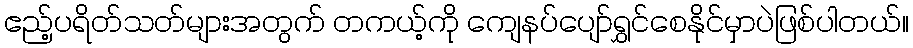
ဧည့်ပရိတ်သတ်များအတွက် တကယ့်ကို ကျေနပ်ပျော်ရွှင်စေနိုင်မှာပဲဖြစ်ပါတယ်။